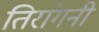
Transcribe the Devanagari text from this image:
तिरांगनी